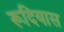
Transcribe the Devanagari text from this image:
रूदियास